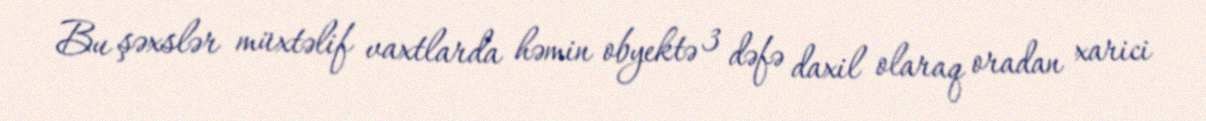
Bu şəxslər müxtəlif vaxtlarda həmin obyektə 3 dəfə daxil olaraq oradan xarici